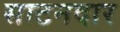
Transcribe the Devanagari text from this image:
साटनदार